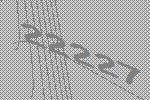
22227